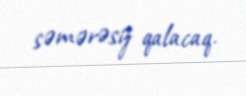
səmərəsiz qalacaq.